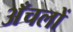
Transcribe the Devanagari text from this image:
अँचलों